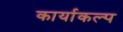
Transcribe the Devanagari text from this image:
कार्याकल्प